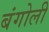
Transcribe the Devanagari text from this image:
बंगोली